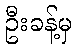
ဦးခန့်မှ